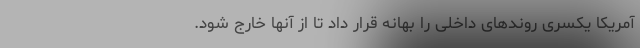
آمریکا یکسری روندهای داخلی را بهانه قرار داد تا از آنها خارج شود.